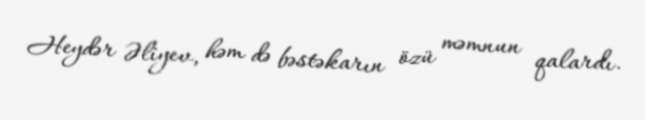
Heydər Əliyev, həm də bəstəkarın özü məmnun qalardı.